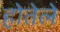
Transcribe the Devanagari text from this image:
होतेले